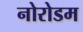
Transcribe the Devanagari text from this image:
नोरोडम